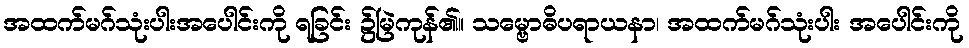
အထက်မဂ်သုံးပါးအပေါင်းကို ရခြင်း ၌မြဲကုန်၏။ သမ္ဗောဓိပရာယနာ၊ အထက်မဂ်သုံးပါး အပေါင်းကို